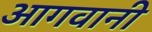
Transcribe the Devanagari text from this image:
आगवानी